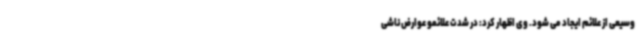
وسیعی از علائم ایجاد می شود. وی اظهار کرد: در شدت علائمو عوارض ناشی